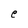
Character: e